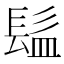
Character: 𩬬